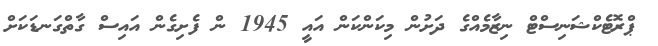
ޕްރޮޓެކްޝަނިސްޓް ނިޒާމެއްގެ ދަށުން މިކަންކަން އައީ 1945 ން ފެށިގެން އައިސް ގާތްގަނޑަކަށް